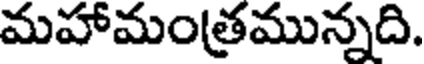
మహామంత్రమున్నది.